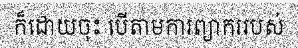
ក៏ដោយចុះ បើតាមការព្យាកររបស់